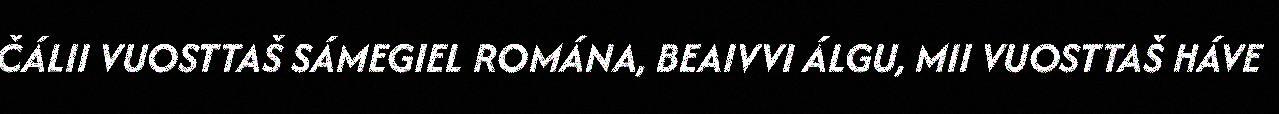
ČÁLII VUOSTTAŠ SÁMEGIEL ROMÁNA, BEAIVVI ÁLGU, MII VUOSTTAŠ HÁVE